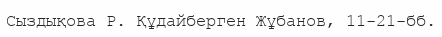
Сыздықова Р. Құдайберген Жұбанов, 11-21-бб.